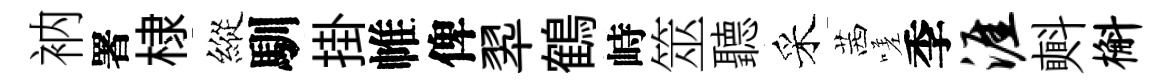
衲署棣縱馴掛帷俾翆鶴峙筮聽采茜嗟季涯㪺槲